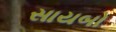
સાયબો